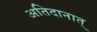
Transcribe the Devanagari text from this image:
अतिदानात्